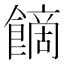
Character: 𩝿